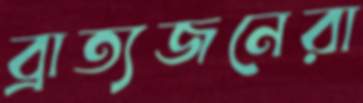
ব্রাত্যজনেরা